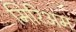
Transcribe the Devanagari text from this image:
मिरिअम